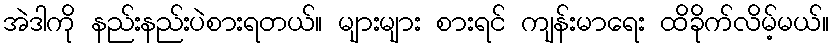
အဲဒါကို နည်းနည်းပဲစားရတယ်။ များများ စားရင် ကျန်းမာရေး ထိခိုက်လိမ့်မယ်။